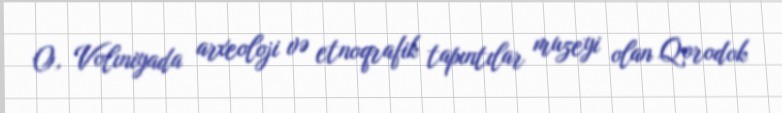
O, Volıniyada arxeoloji və etnoqrafik tapıntılar muzeyi olan Qorodok